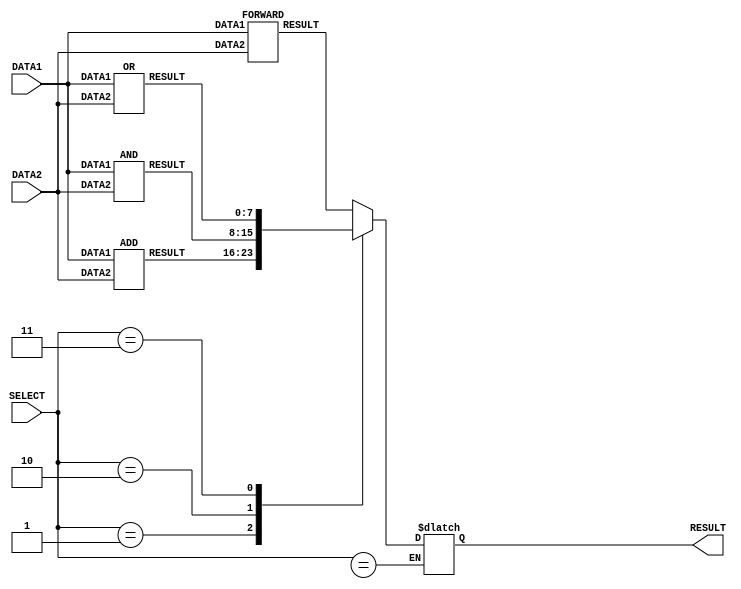
module alu(DATA1, DATA2, RESULT, SELECT);
    // Defining ports
    input [7:0] DATA1, DATA2;
    output [7:0] RESULT;
    input [2:0] SELECT;
    reg [7:0] RESULT;

    // Wires for the different cases
    wire [7:0] C0 , C1 , C2, C3 ;
    
    // Forward
    FORWARD case0(DATA1, DATA2,C0);

    // Add
    ADD case1(DATA1,DATA2,C1);

    // AND
    AND case2(DATA1,DATA2,C2);

    // OR
    OR case3(DATA1,DATA2,C3);


    always @*
    // Defining each case
    begin
        case(SELECT)
        //mov, loadi
        3'b000:
            begin
                RESULT = C0;
            end

        //add
        3'b001:
            begin
                RESULT = C1;
            end

        //bitwise and
        3'b010:
            begin
                RESULT = C2;
            end

        //bitwise or
        3'b011:
            begin
                RESULT = C3;
            end

        //reserved
        3'b1xx:
            begin
            ;
            end
        default: RESULT = DATA2 ;
        endcase
    end
endmodule

// This module forwards the second operand to the result
module FORWARD(DATA1, DATA2, RESULT);
    input [7:0] DATA1 , DATA2 ;
    output [7:0] RESULT;
    assign #1 RESULT = DATA2;
endmodule

// This module adds the two operands
module  ADD(DATA1, DATA2, RESULT);
    input [7:0] DATA1 , DATA2 ;
    output [7:0] RESULT;
    assign #2 RESULT = DATA1 + DATA2;
endmodule

// This module returns the bitwise-AND product of two operands
module AND(DATA1, DATA2, RESULT);
    input [7:0] DATA1 , DATA2 ;
    output [7:0] RESULT;
    assign #1 RESULT = DATA1 & DATA2;
endmodule

// This module returns the bitwise-OR product of two operands
module OR(DATA1, DATA2, RESULT);
    input [7:0] DATA1 , DATA2 ;
    output [7:0] RESULT;
    assign #1 RESULT = DATA1 | DATA2;
endmodule